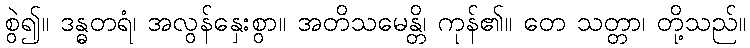
စွဲ၍။ ဒန္ဓတရံ၊ အလွန်နှေးစွာ။ အတိသမေန္တိ၊ ကုန်၏။ တေ သတ္တာ၊ တို့သည်။